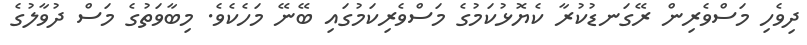
ދިވެހި މަސްވެރިން ރޭގަނޑުކުރާ ކެޔޮޅުކަމުގެ މަސްވެރިކަމުގައި ބޭނޭ މަހެކެވެ. މިބާވަތުގެ މަސް ދުވާލުގެ